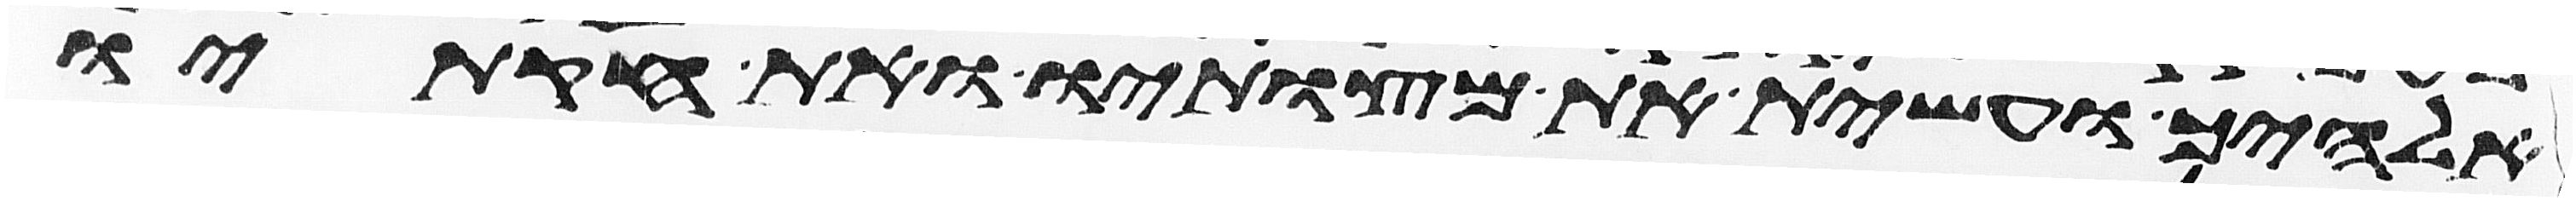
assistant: אלהיך ועשית את מצותיו ואת חקתיו